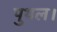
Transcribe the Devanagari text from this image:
पुथल।